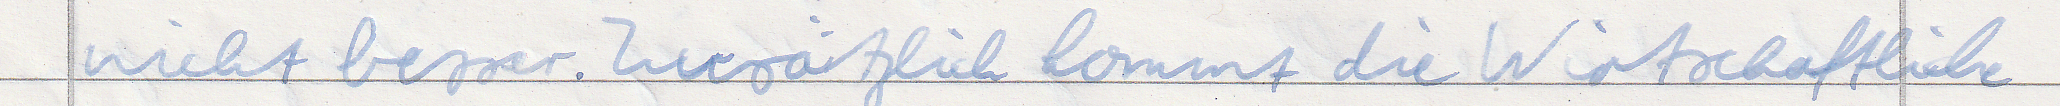
nicht besser. Zusätzlich kommt die Wirtschaftliche